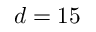
d = 1 5